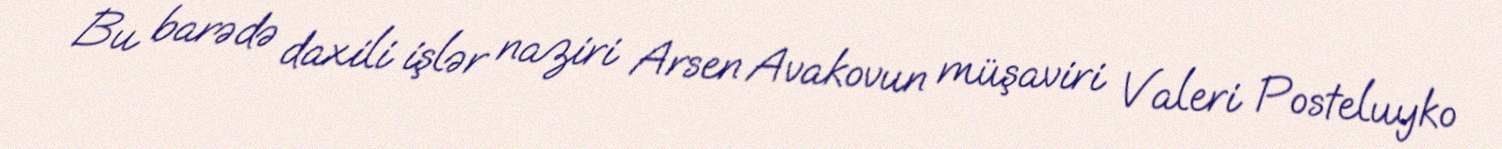
Bu barədə daxili işlər naziri Arsen Avakovun müşaviri Valeri Posteluyko